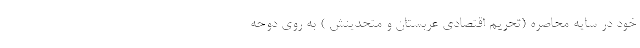
خود در سایه محاصره (تحریم اقتصادی عربستان و متحدینش ) به روی دوحه